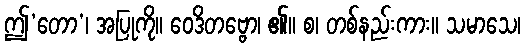
ဤ‘တော’၊ အပြုကို။ ဝေဒိတဗ္ဗော၊ ၏။ စ၊ တစ်နည်းကား။ သမာသေ၊